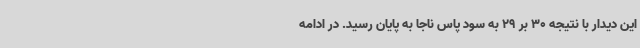
این دیدار با نتیجه 30 بر 29 به سود پاس ناجا به پایان رسید. در ادامه